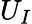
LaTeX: U_{I}